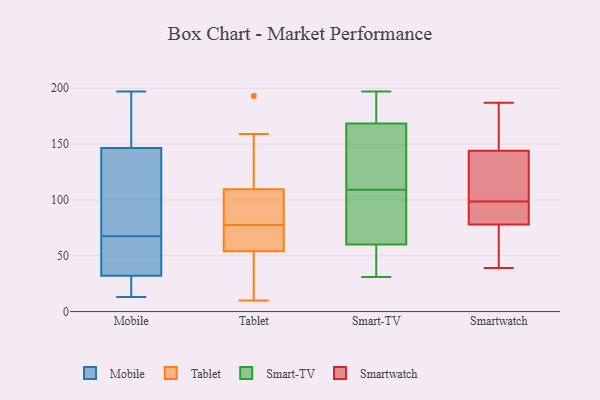
{"axis": {"x": "Temperature (°C)", "y": "Value"}, "legend": ["Mobile", "Smart-TV", "Smartwatch", "Tablet"], "data": [{"x": "", "y": 37, "type": "Mobile"}, {"x": "", "y": 138, "type": "Mobile"}, {"x": "", "y": 128, "type": "Mobile"}, {"x": "", "y": 43, "type": "Mobile"}, {"x": "", "y": 197, "type": "Mobile"}, {"x": "", "y": 155, "type": "Mobile"}, {"x": "", "y": 92, "type": "Mobile"}, {"x": "", "y": 13, "type": "Mobile"}, {"x": "", "y": 17, "type": "Mobile"}, {"x": "", "y": 41, "type": "Mobile"}, {"x": "", "y": 171, "type": "Mobile"}, {"x": "", "y": 27, "type": "Mobile"}, {"x": "", "y": 78, "type": "Tablet"}, {"x": "", "y": 193, "type": "Tablet"}, {"x": "", "y": 42, "type": "Tablet"}, {"x": "", "y": 87, "type": "Tablet"}, {"x": "", "y": 100, "type": "Tablet"}, {"x": "", "y": 118, "type": "Tablet"}, {"x": "", "y": 54, "type": "Tablet"}, {"x": "", "y": 54, "type": "Tablet"}, {"x": "", "y": 77, "type": "Tablet"}, {"x": "", "y": 101, "type": "Tablet"}, {"x": "", "y": 159, "type": "Tablet"}, {"x": "", "y": 26, "type": "Tablet"}, {"x": "", "y": 61, "type": "Tablet"}, {"x": "", "y": 71, "type": "Tablet"}, {"x": "", "y": 10, "type": "Tablet"}, {"x": "", "y": 129, "type": "Tablet"}, {"x": "", "y": 86, "type": "Smart-TV"}, {"x": "", "y": 196, "type": "Smart-TV"}, {"x": "", "y": 192, "type": "Smart-TV"}, {"x": "", "y": 45, "type": "Smart-TV"}, {"x": "", "y": 181, "type": "Smart-TV"}, {"x": "", "y": 197, "type": "Smart-TV"}, {"x": "", "y": 185, "type": "Smart-TV"}, {"x": "", "y": 55, "type": "Smart-TV"}, {"x": "", "y": 133, "type": "Smart-TV"}, {"x": "", "y": 155, "type": "Smart-TV"}, {"x": "", "y": 98, "type": "Smart-TV"}, {"x": "", "y": 31, "type": "Smart-TV"}, {"x": "", "y": 37, "type": "Smart-TV"}, {"x": "", "y": 73, "type": "Smart-TV"}, {"x": "", "y": 65, "type": "Smart-TV"}, {"x": "", "y": 81, "type": "Smart-TV"}, {"x": "", "y": 156, "type": "Smart-TV"}, {"x": "", "y": 141, "type": "Smart-TV"}, {"x": "", "y": 120, "type": "Smart-TV"}, {"x": "", "y": 34, "type": "Smart-TV"}, {"x": "", "y": 132, "type": "Smartwatch"}, {"x": "", "y": 115, "type": "Smartwatch"}, {"x": "", "y": 78, "type": "Smartwatch"}, {"x": "", "y": 144, "type": "Smartwatch"}, {"x": "", "y": 66, "type": "Smartwatch"}, {"x": "", "y": 140, "type": "Smartwatch"}, {"x": "", "y": 157, "type": "Smartwatch"}, {"x": "", "y": 40, "type": "Smartwatch"}, {"x": "", "y": 151, "type": "Smartwatch"}, {"x": "", "y": 102, "type": "Smartwatch"}, {"x": "", "y": 95, "type": "Smartwatch"}, {"x": "", "y": 83, "type": "Smartwatch"}, {"x": "", "y": 151, "type": "Smartwatch"}, {"x": "", "y": 86, "type": "Smartwatch"}, {"x": "", "y": 187, "type": "Smartwatch"}, {"x": "", "y": 39, "type": "Smartwatch"}, {"x": "", "y": 78, "type": "Smartwatch"}, {"x": "", "y": 73, "type": "Smartwatch"}]}